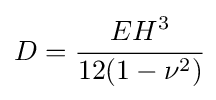
D={\cfrac {EH^{3}}{12(1-\nu ^{2})}}